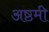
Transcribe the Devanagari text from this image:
अष्ठमी